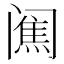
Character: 𨸋